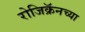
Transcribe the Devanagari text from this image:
रोजिक्रॅनच्या